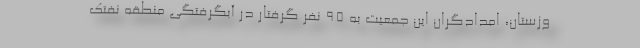
وزستان، امدادگران این جمعیت به ۹۵ نفر گرفتار در آبگرفتگی منطقه نفتک